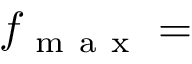
f _ { \mathrm { ~ m ~ a ~ x ~ } } =